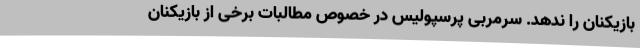
بازیکنان را ندهد. سرمربی پرسپولیس در خصوص مطالبات برخی از بازیکنان